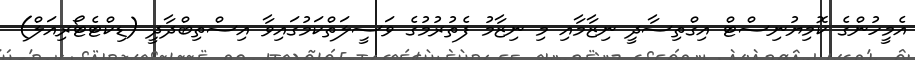
އެމީހުންގެ ކޮމިޔުނިސްޓް އިގްތިސާދީ ނިޒާމާއި މި ނިޒާމު ފެތުރުމުގެ ވަސީލަތްކަމުގައިވާ އިސްތިބްދާދީ (ޑިކްޓެޓޯރިއަލް)